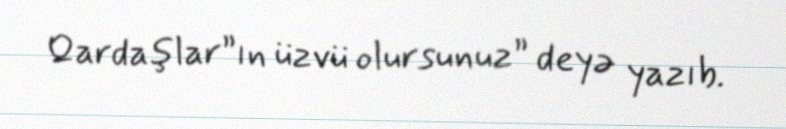
Qardaşlar”ın üzvü olursunuz” deyə yazıb.